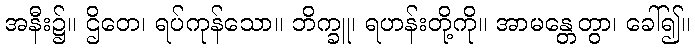
အနီး၌။ ဌိတေ၊ ရပ်ကုန်သော။ ဘိက္ခူ၊ ရဟန်းတို့ကို။ အာမန္တေတွာ၊ ခေါ်၍။